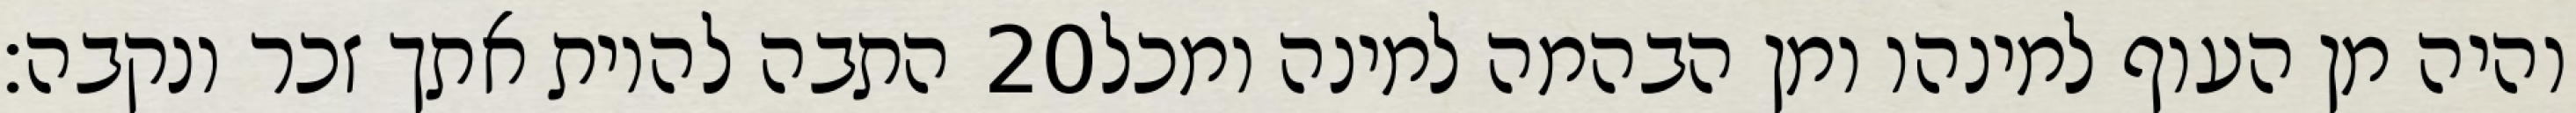
התבה להיות אתך זכר ונקבה׃ ‎20‏ והיה מן העוף למינהו ומן הבהמה למינה ומכל